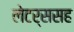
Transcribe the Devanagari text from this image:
लेटर्ससह